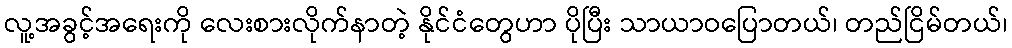
လူ့အခွင့်အရေးကို လေးစားလိုက်နာတဲ့ နိုင်ငံတွေဟာ ပိုပြီး သာယာဝပြောတယ်၊ တည်ငြိမ်တယ်၊